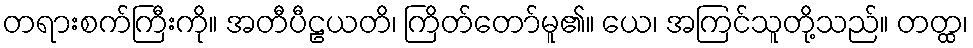
တရားစက်ကြီးကို။ အတီပီဠယတိ၊ ကြိတ်တော်မူ၏။ ယေ၊ အကြင်သူတို့သည်။ တတ္ထ၊